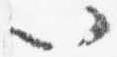
以